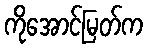
ကိုအောင်မြတ်က